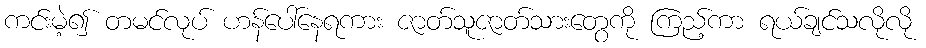
ကင်းမဲ့၍ တမင်လုပ် ဟန်ပေါ်နေရကား ဇာတ်သူဇာတ်သားတွေကို ကြည့်ကာ ရယ်ချင်သလိုလို